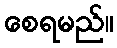
စေရမည်။